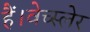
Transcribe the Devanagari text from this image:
हैं।वेच्स्लेर